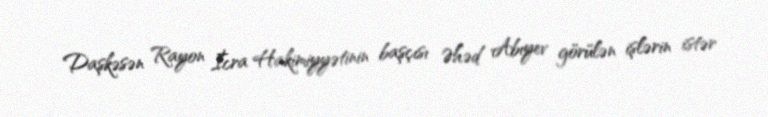
Daşkəsən Rayon İcra Hakimiyyətinin başçısı Əhəd Abıyev görülən işlərin istər